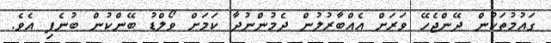
ގައުމުތަކުން ދޭންޖެހޭ ވަރަށް އެއްބާރުލުން ދެމުންނުދާ ކަމަށް ވޯލްޑު ބޭންކުން ބުނެފި އެވެ.